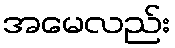
အမေလည်း